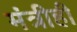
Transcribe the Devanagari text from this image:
मंत्रीही